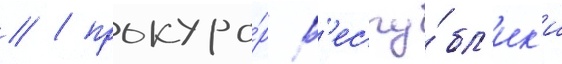
// / прокуро́р р'еспу́бл'ик'и